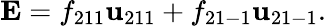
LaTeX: \mathbf{E}=f_{211}\mathbf{u}_{211}+f_{21-1}\mathbf{u}_{21-1}.